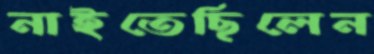
নাইতেছিলেন